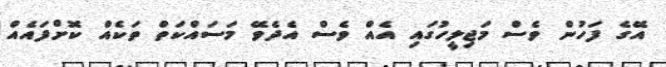
އޭގެ ފަހުން ވެސް މަޖިލީހުގައި އެއް ވެސް އެދެވޭ މަސައްކަތް ތަކެއް ކޮށްފައެއް